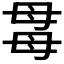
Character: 𣫯